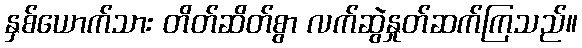
နှစ်ယောက်သား တိတ်ဆိတ်စွာ လက်ဆွဲနှုတ်ဆက်ကြသည်။